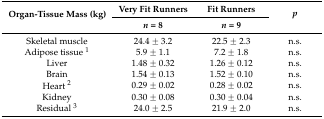
<table><thead><tr><td rowspan="2"><b>Organ-Tissue Mass (kg)</b></td><td><b>Very Fit Runners</b></td><td><b>Fit Runners</b></td><td rowspan="2"><b><i>p</i></b></td></tr><tr><td><b><i>n</i> = 8</b></td><td><b><i>n</i> = 9</b></td></tr></thead><tbody><tr><td>Skeletal muscle</td><td>24.4 ± 3.2</td><td>22.5 ± 2.3</td><td>n.s.</td></tr><tr><td>Adipose tissue <sup>1</sup></td><td>5.9 ± 1.1</td><td>7.2 ± 1.8</td><td>n.s.</td></tr><tr><td>Liver</td><td>1.48 ± 0.32</td><td>1.26 ± 0.12</td><td>n.s.</td></tr><tr><td>Brain</td><td>1.54 ± 0.13</td><td>1.52 ± 0.10</td><td>n.s.</td></tr><tr><td>Heart <sup>2</sup></td><td>0.29 ± 0.02</td><td>0.28 ± 0.02</td><td>n.s.</td></tr><tr><td>Kidney</td><td>0.30 ± 0.08</td><td>0.30 ± 0.04</td><td>n.s.</td></tr><tr><td>Residual <sup>3</sup></td><td>24.0 ± 2.5 </td><td>21.9 ± 2.0</td><td>n.s.</td></tr></tbody></table>